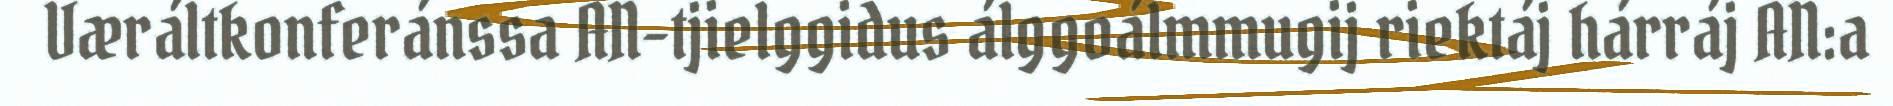
Væráltkonferánssa AN-tjielggidus álggoálmmugij riektáj hárráj AN:a